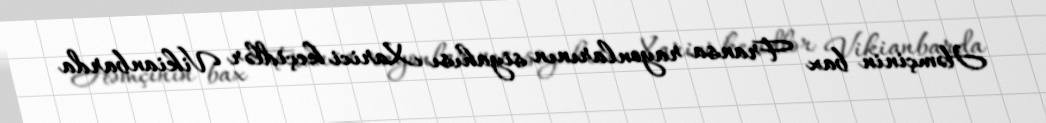
Həmçinin bax Fransa rayonlarının siyahısı Xarici keçidlər Vikianbarda